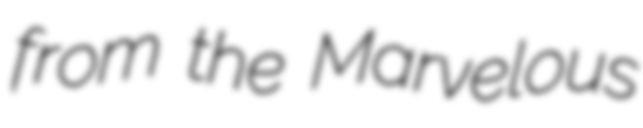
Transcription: from the Marvelous